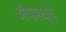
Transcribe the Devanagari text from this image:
ॲपमध्ये